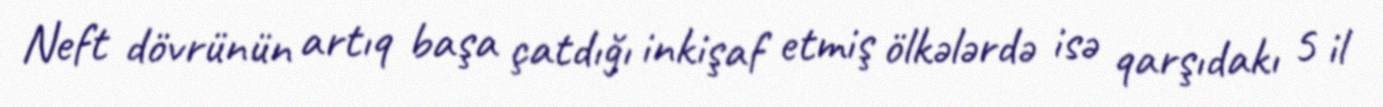
Neft dövrünün artıq başa çatdığı inkişaf etmiş ölkələrdə isə qarşıdakı 5 il